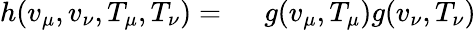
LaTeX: \begin{array}{rl}{h(v_{\mu},v_{\nu},T_{\mu},T_{\nu})=\ }&{{}g(v_{\mu},T_{\mu})g(v_{\nu},T_{\nu})}\end{array}